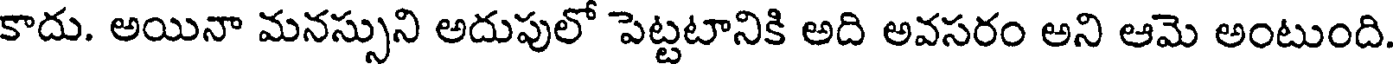
కాదు. అయినా మనస్సుని అదుపులో పెట్టటానికి అది అవసరం అని ఆమె అంటుంది